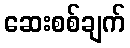
ဆေးစစ်ချက်